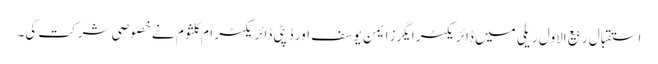
استقبال ربیع الاول ریلی میں ڈائریکٹر ایگرز ایمن یوسف اور ڈپٹی ڈائریکٹر ام کلثوم نے خصوصی شرکت کی۔